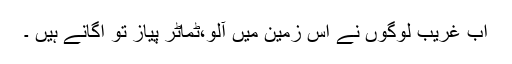
اب غریب لوگوں نے اُس زمین میں آلو،ٹماٹر پیاز تو اُگانے ہیں ۔